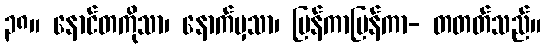
၃၈။ နောင်တကိုသာ၊ နောက်မှသာ၊ ပြန်ကာပြန်ကာ- တတတ်သည်။